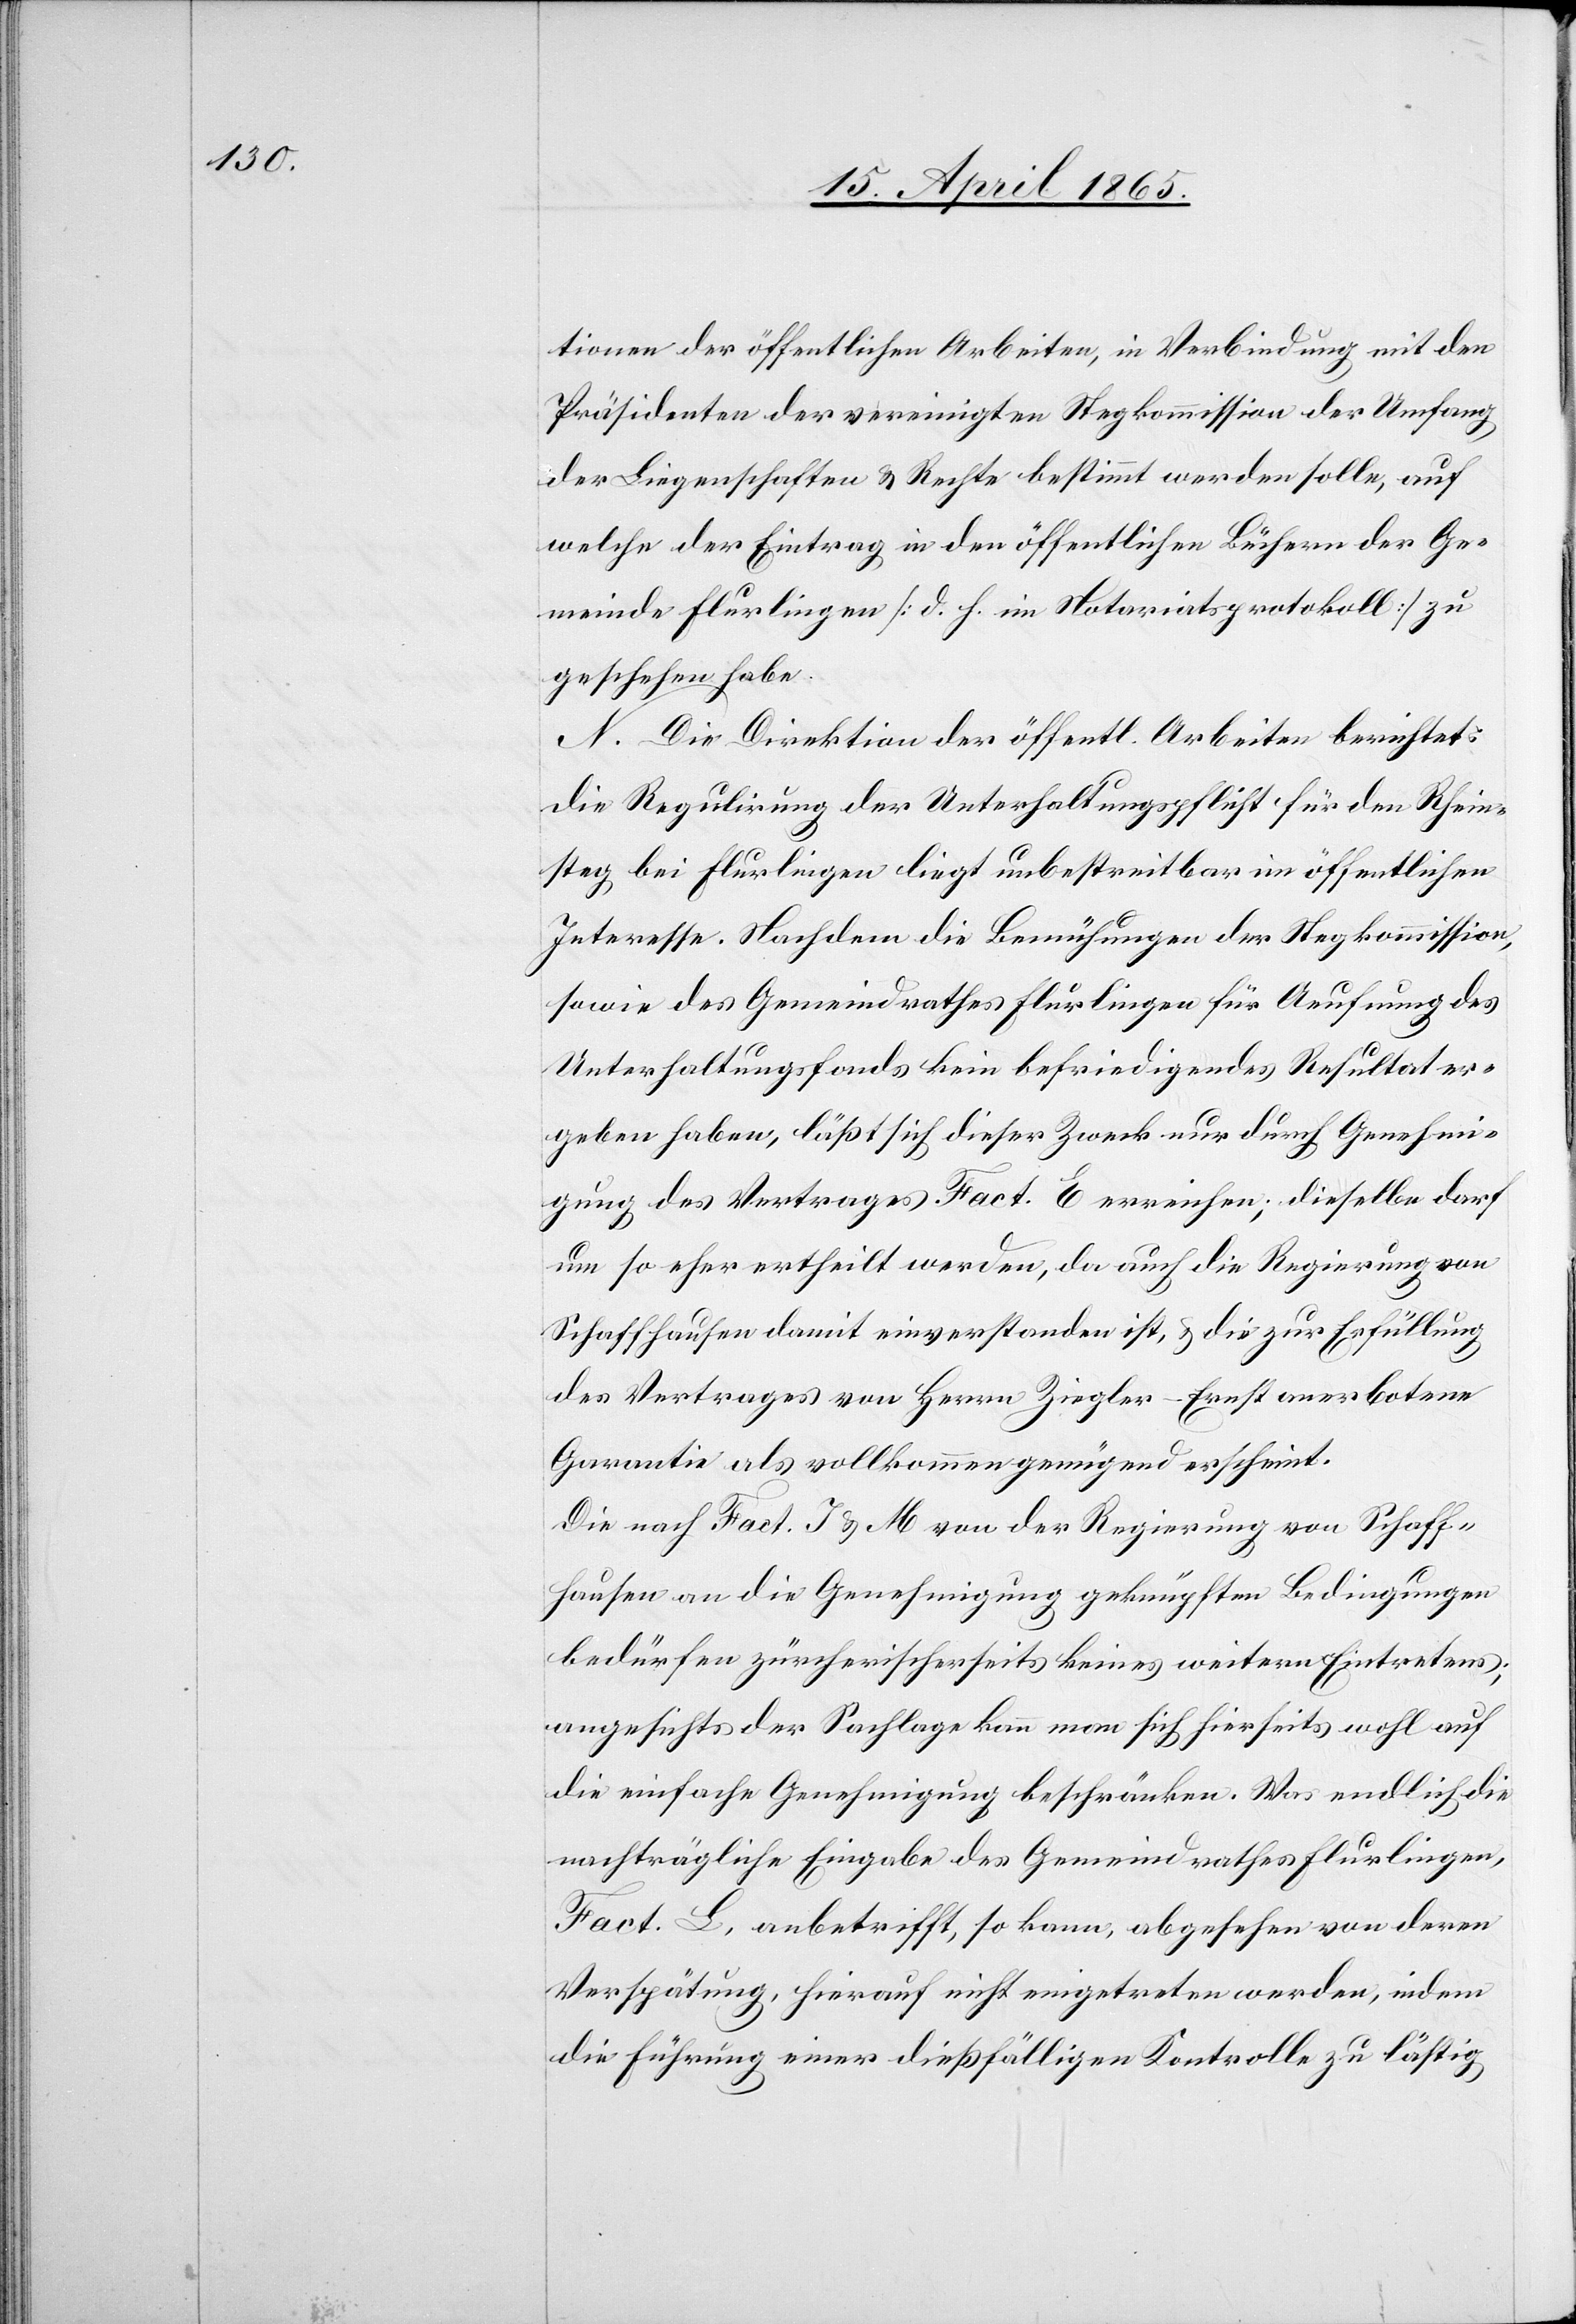
tionen der öffentlichen Arbeiten, in Verbindung mit den
Präsidenten der vereinigten Stegkommission der Umfang
der Liegenschaften & Rechte bestimmt werden solle, auf
welche der Eintrag in den öffentlichen Büchern der Ge¬
meinde Flurlingen [d. h. im Notariatsprotokoll] zu
geschehen habe.
N. Die Direktion der öffentl. Arbeiten berichtet:
Die Regulirung der Unterhaltungspflicht für den Rhein¬
steg bei Flurlingen liegt unbestreitbar im öffentlichen
Interesse. Nachdem die Bemühungen der Stegkommission,
sowie des Gemeindrathes Flurlingen für Aeufnung des
Unterhaltungsfonds kein befriedigendes Resultat er¬
geben haben, läßt sich dieser Zweck nur durch Genehmi¬
gung des Vertrages Fact. E erreichen; dieselbe darf
um so eher ertheilt werden, da auch die Regierung von
Schaffhausen damit einverstanden ist, & die zur Erfüllung
des Vertrages von Herrn Ziegler-Ernst anerbotene
Garantie als vollkommen genügend erscheint.
Die nach Fact. J & M von der Regierung von Schaff¬
hausen an die Genehmigung geknüpften Bedingungen
bedürfen zürcherischerseits keines weitern Eintretens;
angesichts der Sachlage kann man sich hierseits wohl auf
die einfache Genehmigung beschränken. Was endlich die
nachträgliche Eingabe des Gemeindrathes Flurlingen,
Fact. L, anbetrifft, so kann, abgesehen von deren
Verspätung, hierauf nicht eingetreten werden, indem
die Führung einer dießfälligen Kontrolle zu lästig